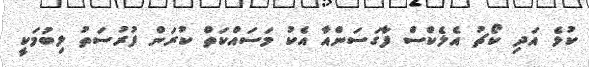
ކުޅެ އަދި ކޯޗު އެލެކްސް ފާގަސަންއާ އެކު މަސައްކަތް ކުރަން ފުރުސަތު ލިބުމަކީ